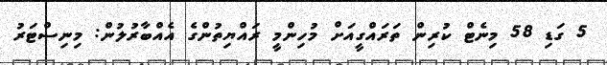
5 ގަޑި 58 މިނެޓް ކުރިން ތަރައްގީއަށް މުހިންމީ ރައްޔިތުންގެ އެއްބާރުލުން: މިނިސްޓަރު